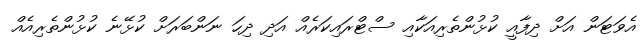
އެވަޓަން އަށް ދިފާއީ ކުޅުންތެރިއަކާއި ސްޓްރައިކަރެއް އަދި ދިހަ ނަންބަރަށް ކުޅޭނެ ކުޅުންތެރިއެއް